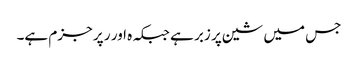
جس میں شین پر زبر ہے جبکہ ہ اور ر پر جزم ہے۔